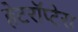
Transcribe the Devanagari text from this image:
हेटरॉप्टेरा